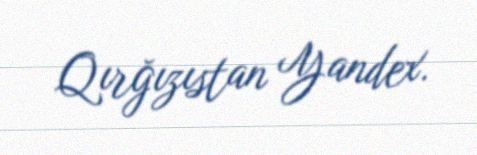
Qırğızıstan Yandex.